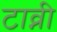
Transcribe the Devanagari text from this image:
टाव्नी